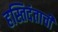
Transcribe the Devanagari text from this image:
हस्तिदंताची